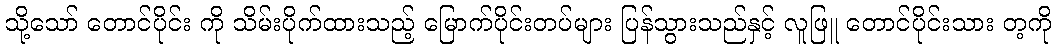
သို့သော် တောင်ပိုင်း ကို သိမ်းပိုက်ထားသည့် မြောက်ပိုင်းတပ်များ ပြန်သွားသည်နှင့် လူဖြူ တောင်ပိုင်းသား တ့ကို